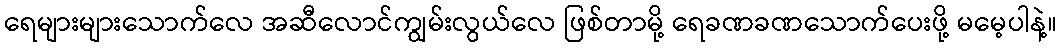
ရေများများသောက်လေ အဆီလောင်ကျွမ်းလွယ်လေ ဖြစ်တာမို့ ရေခဏခဏသောက်ပေးဖို့ မမေ့ပါနဲ့။